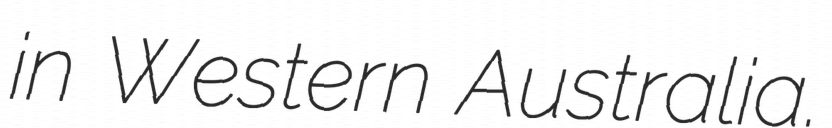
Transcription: in Western Australia.